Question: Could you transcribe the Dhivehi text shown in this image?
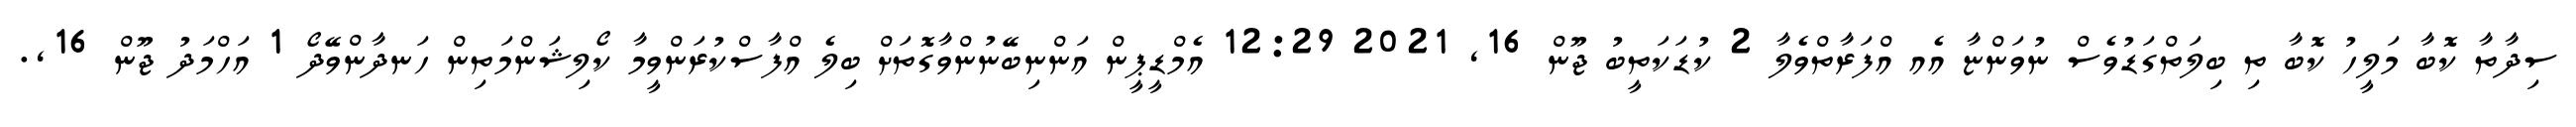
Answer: ސިދާތާ ކޮބާ މަލީހު ކޮބާ ތި ބިލަތްގަޑުވެސް ނުވަންޏާ އެއ އްފަރާތްވެލާ 2 ކުޑަކަތީބު ޖޫން 16, 2021 12:29 އެމްޑީޕީން އަންނިބޭނުންވާގޮތަށް ބިލެ އްފާސްކުރަންވީމާ ކޯލިޝަންމަތިން ހަނދާންވޭދޯ 1 އަހްމަދު ޖޫން 16,.